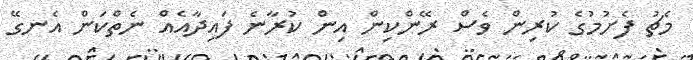
މެޗު ފެށުމުގެ ކުރިން ވެސް ރޭންކިން އިން ކުރާނެ ފައިދާއެއް ނެތްކަން އެނގޭ